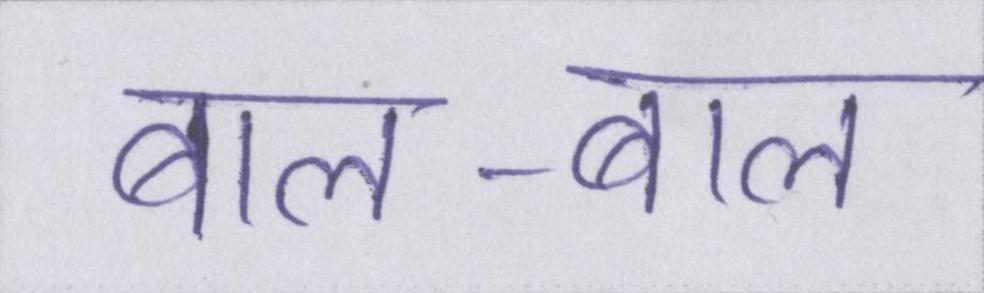
बाल-बाल